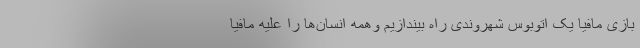
بازی مافیا یک اتوبوس شهروندی راه بیندازیم وهمه انسان‌ها را علیه مافیا